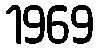
1969